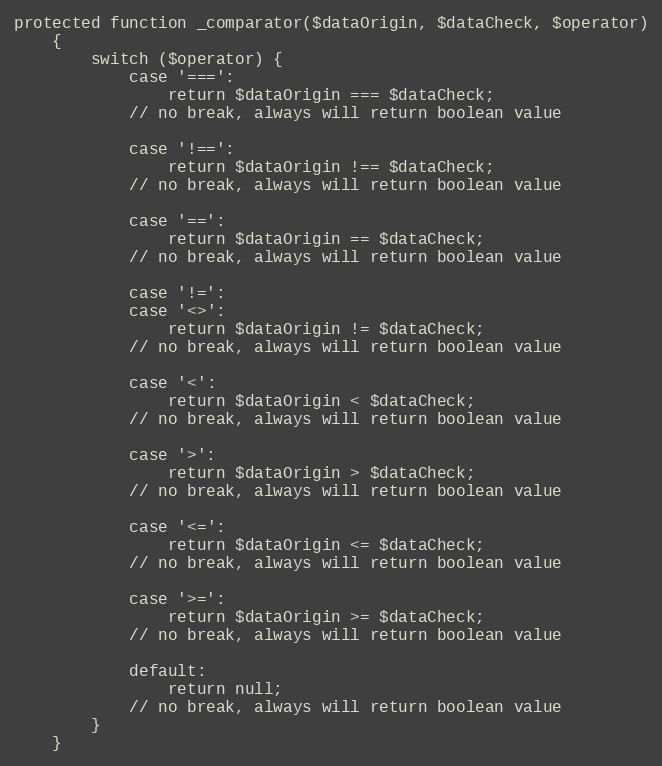
Language: PHP
protected function _comparator($dataOrigin, $dataCheck, $operator)
    {
        switch ($operator) {
            case '===':
                return $dataOrigin === $dataCheck;
            // no break, always will return boolean value

            case '!==':
                return $dataOrigin !== $dataCheck;
            // no break, always will return boolean value

            case '==':
                return $dataOrigin == $dataCheck;
            // no break, always will return boolean value

            case '!=':
            case '<>':
                return $dataOrigin != $dataCheck;
            // no break, always will return boolean value

            case '<':
                return $dataOrigin < $dataCheck;
            // no break, always will return boolean value

            case '>':
                return $dataOrigin > $dataCheck;
            // no break, always will return boolean value

            case '<=':
                return $dataOrigin <= $dataCheck;
            // no break, always will return boolean value

            case '>=':
                return $dataOrigin >= $dataCheck;
            // no break, always will return boolean value

            default:
                return null;
            // no break, always will return boolean value
        }
    }